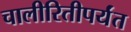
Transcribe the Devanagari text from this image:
चालीरितीपर्यंत